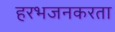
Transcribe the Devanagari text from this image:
हरभजनकरता